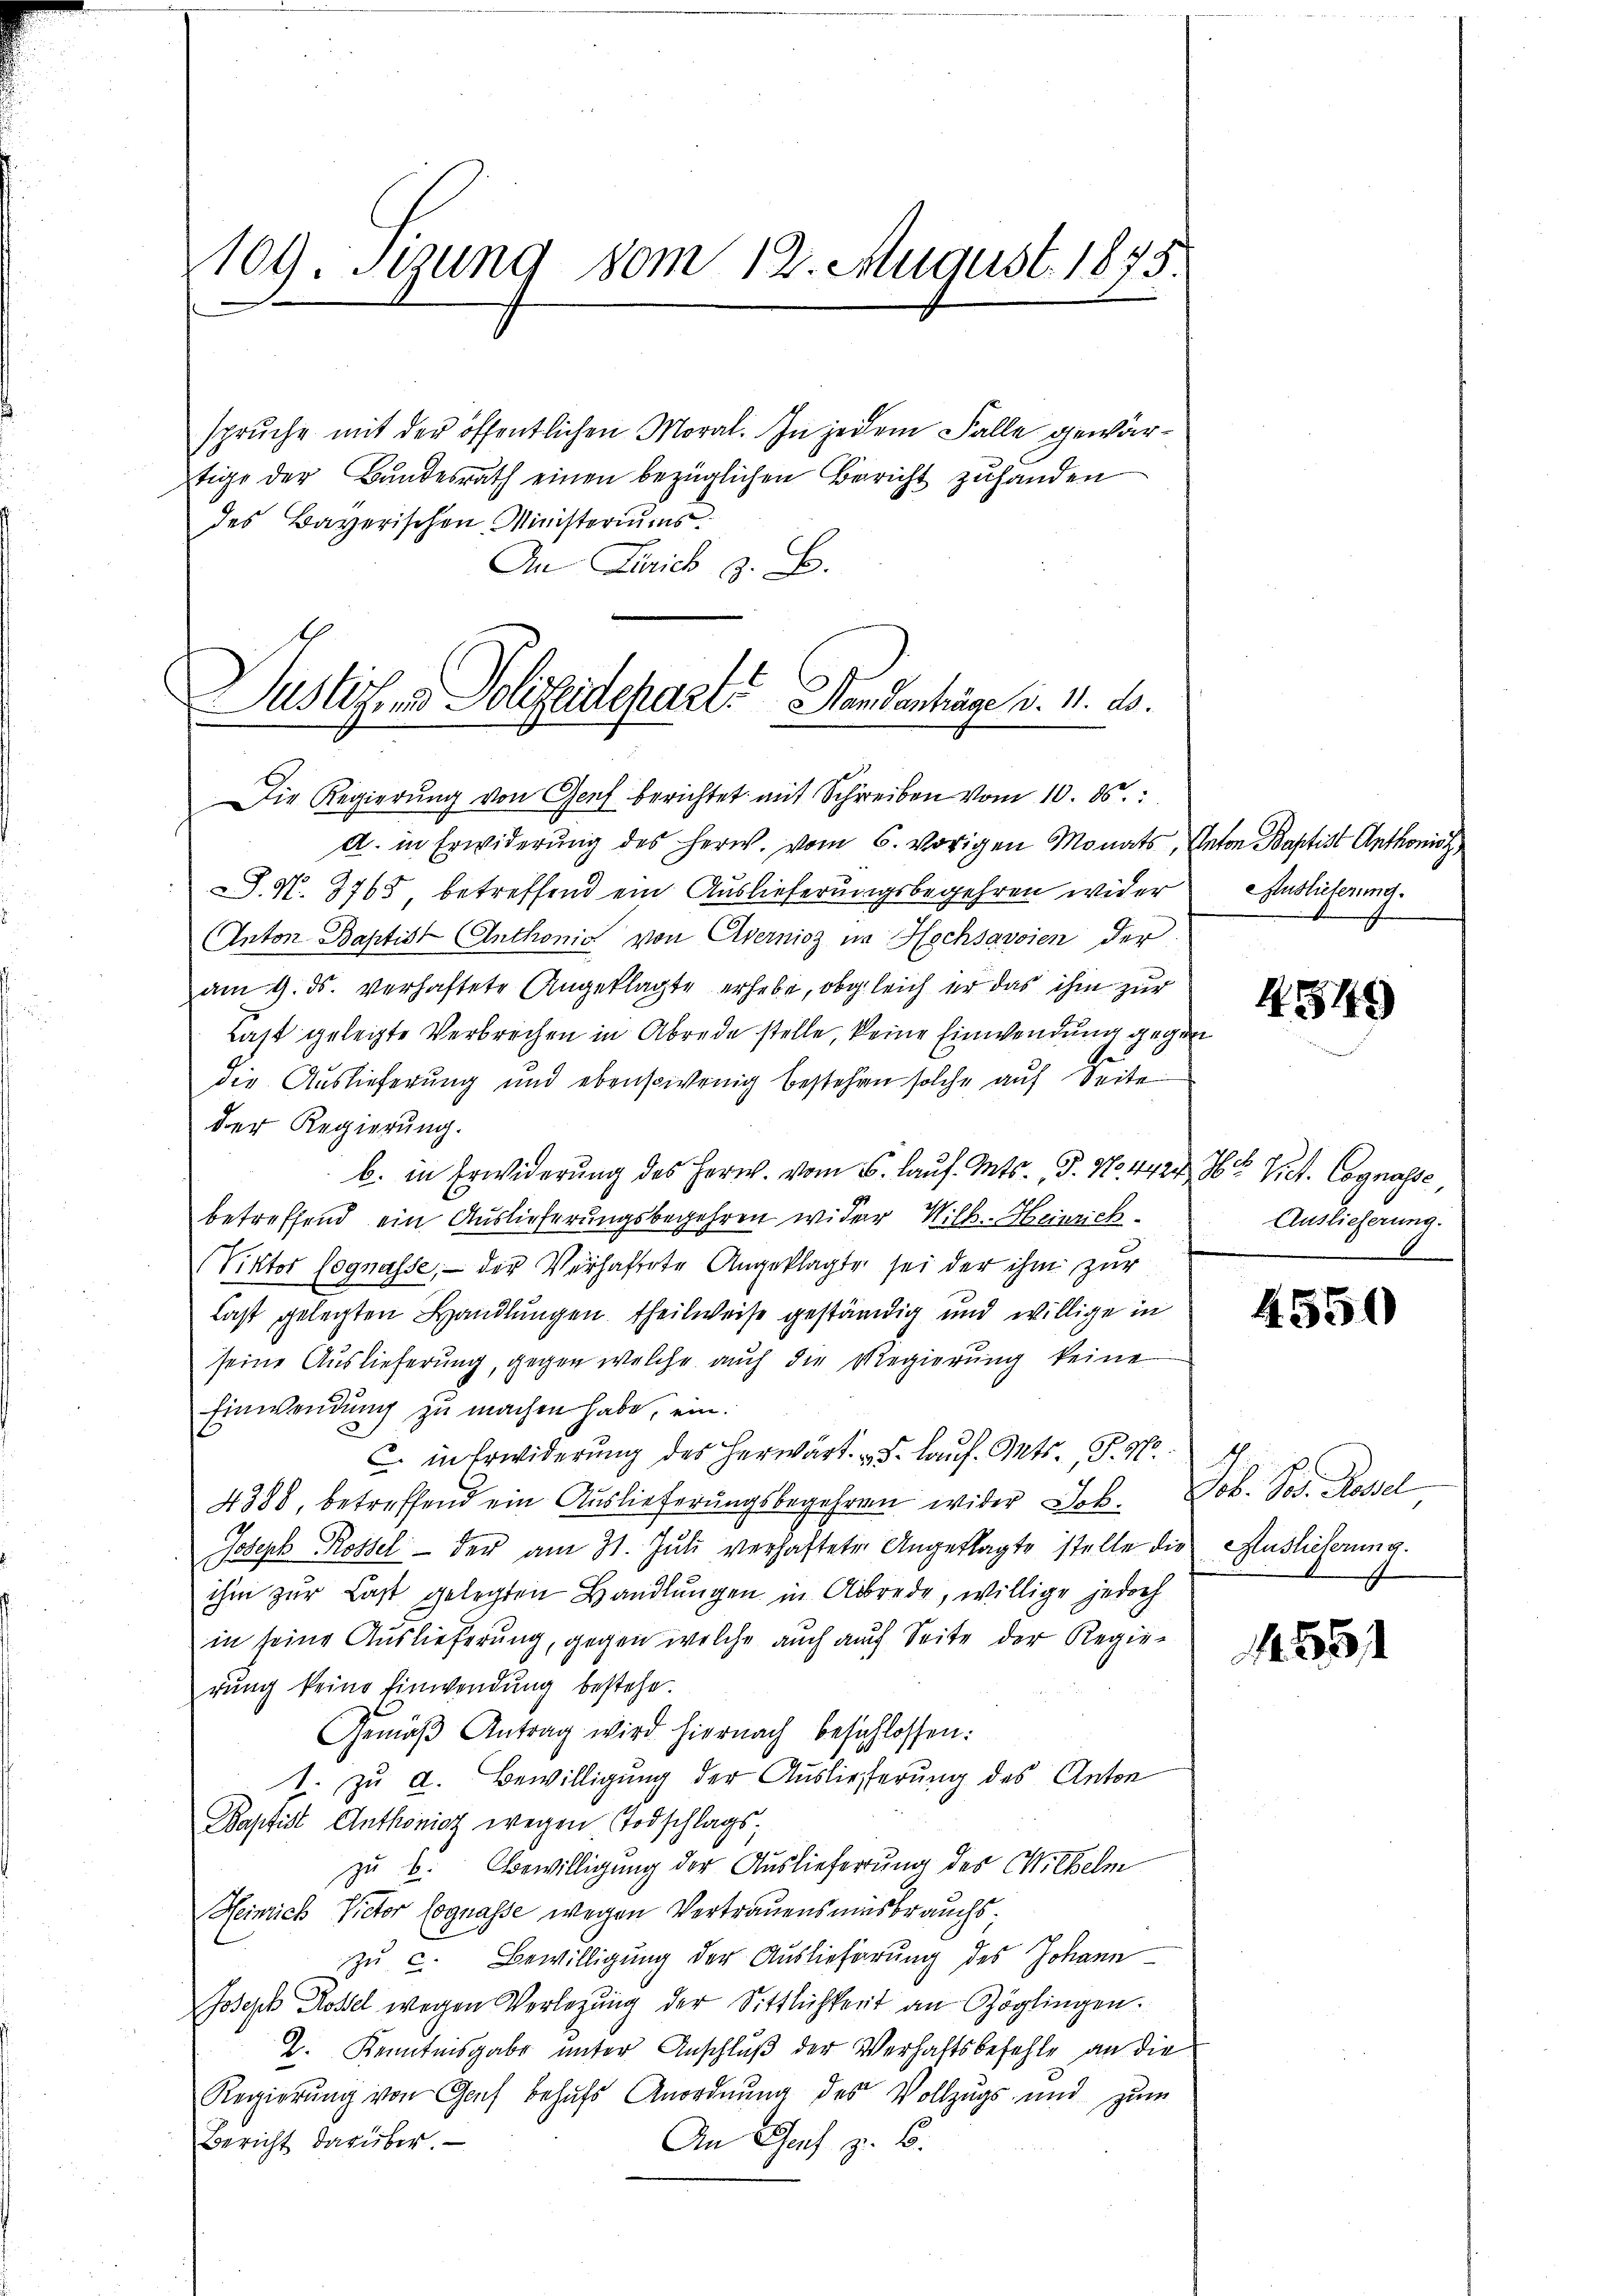
109. sezung vom 12. August 1875.

Justiz- & Polizeidepart. Handenträge v. 11. ds.
Die Regierŭng von Genf berichtet mit Schreiben vom 10. ds.

spruche mit der öffentlichen Moral. In jedem Falle gewärtige der Bundesrath einen bezüglichen Bericht zuhanden
des Bayerischen Ministeriums.
An Zürich z. B.
A. in Erwiderŭng des Herw. vom 6. vorigen Monats, Anton Baptist Anthonist
S. N. 3765 betreffend ein Auslieferungsbegehren wider
Anton Baptist (Anthonis von Avernicz in Hochsavoien der
am 9. ds. verhaftete Angeklagte erhebe, obgleich er das ihm zur
Last gelegte Verbrechen in Abrede stelle, keine Einwendung gegen
s
die Auslieferung und ebensivenig bestehen solche auf Seite
Der Regierung.
b. in Erwiderung des Herr. vom 6. Laus. Mts. S. No. 4424. Hr. Vict. Cognasse,
betreffend ein Auslieferungsbegehren wider Wilk. Heinrich¬
Viktor segnasse, — der Verhaftete Angeklagte sei der ihm zur
Last gelegten Handlungen theilweise geständig und willige in
seine Auslieferung, gegen welche auch die Regierung keine
Einwendung zu machen habe, ein.
C. in Erwiderung des herwärts. Lauf. Mts. P. M
4388, betreffend ein Auslieferungsbegehren wider Joh.
Joseph Rossel der am 31. Juli verhaftete Angeklagte stelle die Auslieferung.
ihm zur Last gelegten Handlŭngen in Abrede, willige jedoch
in seine Auslieferung, gegen welche auch auch Seite der Regierung keine Einwendung bestehe.
Gemäβ Antrag wird hiernach beschlossen:
1. zu a. Bewilligung der Auslieferung des Anton
Baptist Anthonier wegen Todschlags;
zu B. bewilligung der Auslieferung des Wilhelm
Heinrich Victor Cognasse wegen Vertrauensmisbrauchszu c. Bewilligung der Auslieferung des Johann
Joseph Rossel wegen Verlegŭng der Sittlichkeit an Zöglingen.
Z. Kenntnisgabe unter Anschluß der Verhaftsbefehle an die
Regierŭng von Genf behufs Anordnung des Vollzugs- und zum
Bericht darüber.
An Genf z. B.

Auslieferung.

4549

Auslieferung.

4350

Job. Sr. Hasel

1551